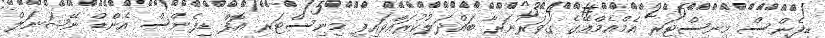
ޑިފެންސް މިނިސްޓަރ އެމްއެމްއޭގެ ގަވަރުނަރާ ބައްދަލުކުރައްވައިފި މިނިސްޓަރ އޮފް ޑިފެންސް އެންޑް ނޭޝަނަލް